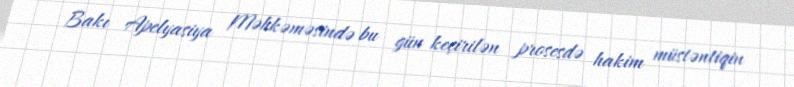
Bakı Apelyasiya Məhkəməsində bu gün keçirilən prosesdə hakim müstəntiqin